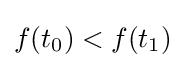
f(t_{0})<f(t_{1})